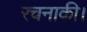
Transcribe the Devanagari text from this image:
रचनाकी।